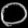
Digit: ၀